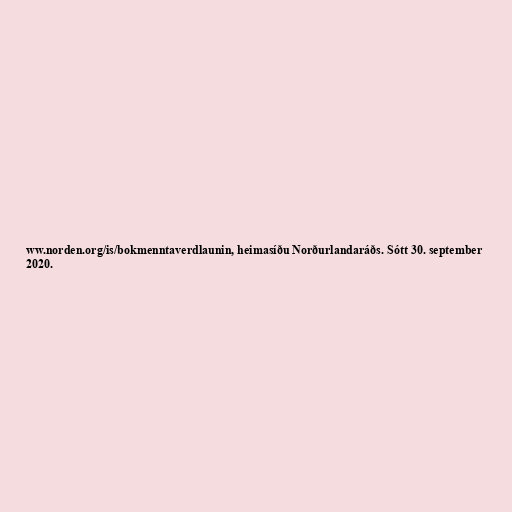
ww.norden.org/is/bokmenntaverdlaunin, heimasíðu Norðurlandaráðs. Sótt 30. september
2020.